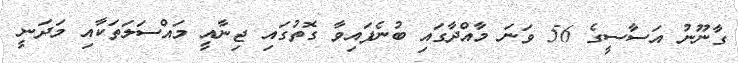
ގާނޫނު އަސާސީގެ 56 ވަނަ މާއްދާގައި ބުނެފައިވާ ގޮތުގައި ޖިނާއީ މައްސަލަތަކާއި މަދަނީ